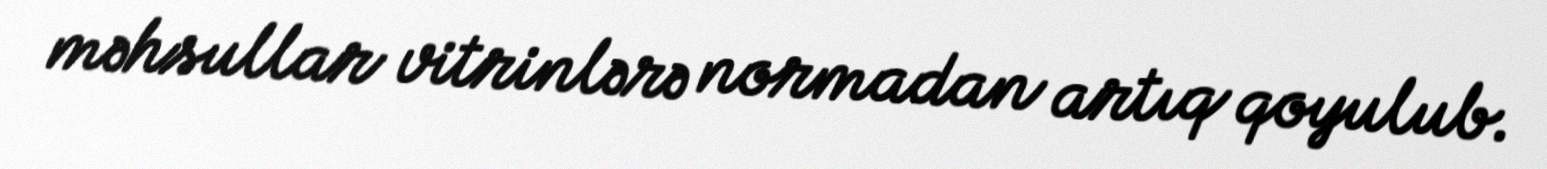
məhsullar vitrinlərə normadan artıq qoyulub.